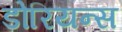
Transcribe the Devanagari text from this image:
डोरियन्स